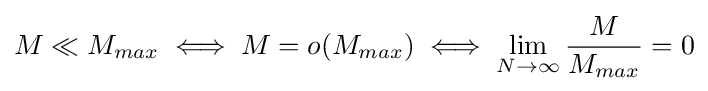
M\ll M_{max}\iff M=o(M_{max})\iff \lim _{N\rightarrow \infty }{\frac {M}{M_{max}}}=0